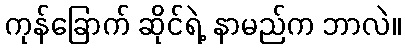
ကုန်ခြောက် ဆိုင်ရဲ့ နာမည်က ဘာလဲ။